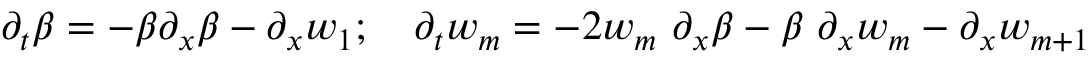
\partial _ { t } \beta = - \beta \partial _ { x } \beta - \partial _ { x } w _ { 1 } ; ~ ~ ~ \partial _ { t } w _ { m } = - 2 w _ { m } ~ \partial _ { x } \beta - \beta ~ \partial _ { x } w _ { m } - \partial _ { x } w _ { m + 1 }